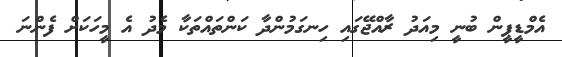
އެމްޑީޕީން ބުނީ މިއަދު ރާއްޖޭގައި ހިނގަމުންދާ ކަންތައްތަކާ މެދު އެ މީހަކަށް ފެންނަ